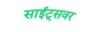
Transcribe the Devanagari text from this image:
साईट्सवर